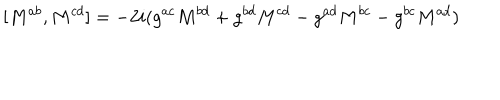
LaTeX: [ M ^ { a b } , M ^ { c d } ] = - 2 i ( g ^ { a c } M ^ { b d } + g ^ { b d } M ^ { c d } - g ^ { a d } M ^ { b c } - g ^ { b c } M ^ { a d } )